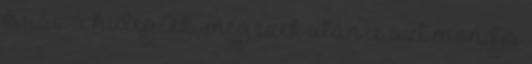
kiráz a hideg.Aki meg ezek után is azt mondja